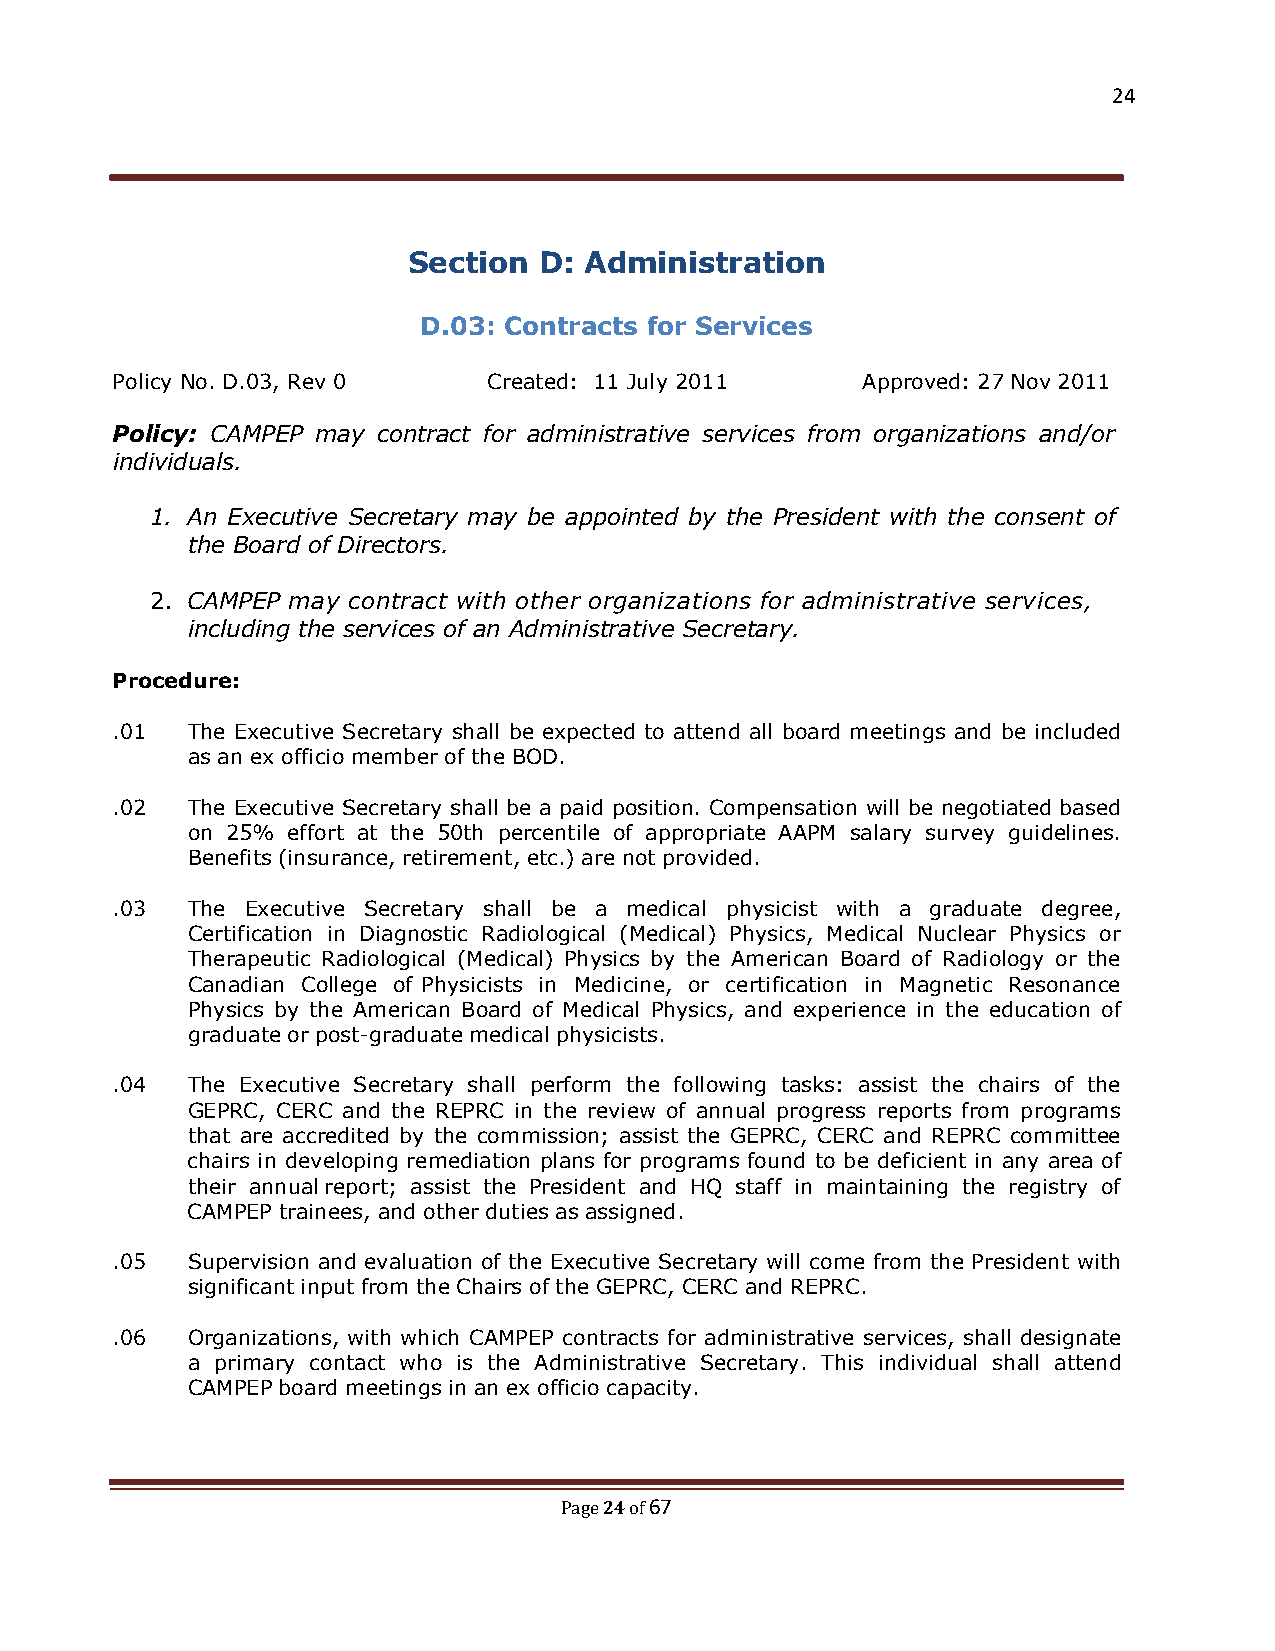
24
 Section  D: Administration
 D.03: Contracts for Services
 Policy No. D.03, Rev 0   Created: 11 July 2011    Approved: 27 Nov 2011
 Policy: CAMPEP may contract for administrative services from organizations and/or
 individuals.
 1. An Executive Secretary may be appointed by the President with the consent of
 the Board of Directors.
 2. CAMPEP may contract with other organizations for administrative services,
 including the services of an Administrative Secretary.
 Procedure:
 .01  The Executive Secretary shall be expected to attend all board meetings and be included
 as an ex officio member of the BOD.
 .02  The Executive Secretary shall be a paid position. Compensation will be negotiated based
 on 25% effort at the 50th percentile of appropriate AAPM salary survey guidelines.
 Benefits (insurance, retirement, etc.) are not provided.
 .03  The Executive Secretary shall be a medical physicist with a graduate degree,
 Certification in Diagnostic Radiological (Medical) Physics, Medical Nuclear Physics or
 Therapeutic Radiological (Medical) Physics by the American Board of Radiology or the
 Canadian College of Physicists in Medicine, or certification in Magnetic Resonance
 Physics by the American Board of Medical Physics, and experience in the education of
 graduate or post-graduate medical physicists.
 .04  The Executive Secretary shall perform the following tasks: assist the chairs of the
 GEPRC, CERC and the REPRC in the review of annual progress reports from programs
 that are accredited by the commission; assist the GEPRC, CERC and REPRC committee
 chairs in developing remediation plans for programs found to be deficient in any area of
 their annual report; assist the President and HQ staff in maintaining the registry of
 CAMPEP trainees, and other duties as assigned.
 .05  Supervision and evaluation of the Executive Secretary will come from the President with
 significant input from the Chairs of the GEPRC, CERC and REPRC.
 .06  Organizations, with which CAMPEP contracts for administrative services, shall designate
 a primary contact who is the Administrative Secretary. This individual shall attend
 CAMPEP board meetings in an ex officio capacity.
 24 67
 Page of